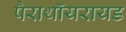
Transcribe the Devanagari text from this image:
पैराथॉयरायड